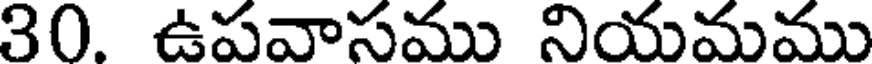
30. ఉపవాసము నియమము